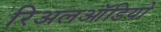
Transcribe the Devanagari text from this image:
रिअलऑडियो